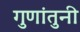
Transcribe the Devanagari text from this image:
गुणांतुनी